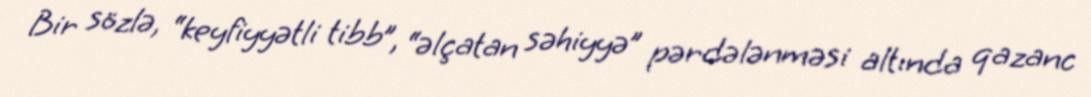
Bir sözlə, “keyfiyyətli tibb”, “əlçatan səhiyyə” pərdələnməsi altında qazanc